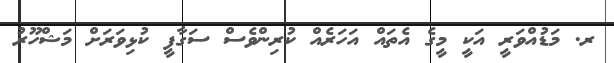
ރ. މަޑުއްވަރީ އަކީ މީގެ އެތައް އަހަރެއް ކުރިންވެސް ސަގާފީ ކުޅިވަރަށް މަޝްހޫރު